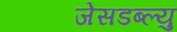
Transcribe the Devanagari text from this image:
जेसडब्ल्यु